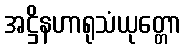
အဋ္ဌိနဟာရုသံယုတ္တော